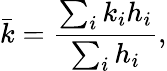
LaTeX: \bar{k}=\frac{\sum_{i}k_{i}h_{i}}{\sum_{i}h_{i}},